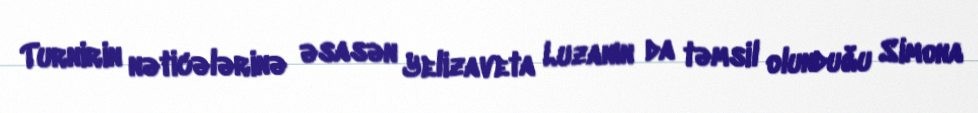
Turnirin nəticələrinə əsasən Yelizaveta Luzanın da təmsil olunduğu Simona